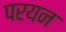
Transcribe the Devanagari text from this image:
परयन